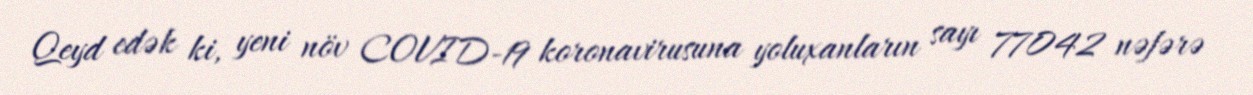
Qeyd edək ki, yeni növ COVID-19 koronavirusuna yoluxanların sayı 77042 nəfərə